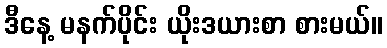
ဒီနေ့ မနက်ပိုင်း ယိုးဒယားစာ စားမယ်။